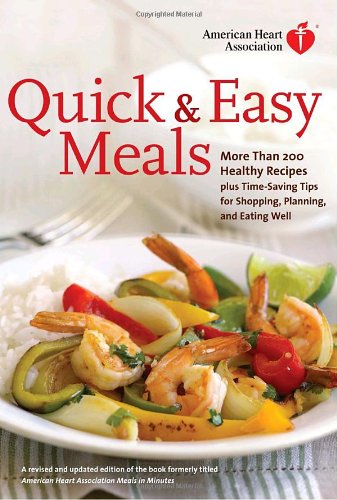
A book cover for American Heart Association Quick & Easy Meals: More Than 200 Healthy Recipes Plus Time-Saving Tips for Shopping, Planning, and Eating Well; American Heart Association; Health, Fitness & Dieting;